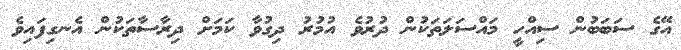
އޭގެ ސަބަބުން ސިއްހީ މައްސަލަތަކުން ދުރުވެ އުމުރު ދިގުވާ ކަމަށް ދިރާސާތަކުން އެނގިފައިވެ